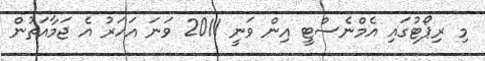
މި ރިޕޯޓުގައި އެމްނެސްޓީ އިން ވަނީ 2011 ވަނަ އަހަރު އެ ޖަމާއަތުން